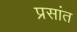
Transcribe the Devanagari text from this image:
प्रसांत